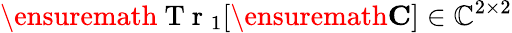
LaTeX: \ensuremath{\mathrm{~T~r~}}_{1}[\ensuremath{\mathbf{C}}]\in\mathbb{C}^{2\times 2}